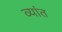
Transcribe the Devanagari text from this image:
व्यांत